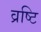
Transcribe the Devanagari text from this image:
व्रष्टि